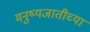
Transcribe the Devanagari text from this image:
मनुष्यजातीच्या